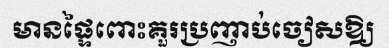
មានផ្ទៃពោះគួរប្រញាប់ចៀសឱ្យ